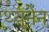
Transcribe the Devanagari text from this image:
थ्यूनेन